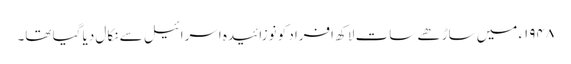
۱۹۴۸ء میں ساڑھے سات لاکھ افراد کو نوزائیدہ اسرائیل سے نکال دیا گیا تھا۔